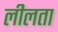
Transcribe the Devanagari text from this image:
लीलता